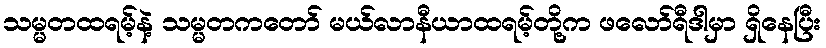
သမ္မတထရမ့်နဲ့ သမ္မတကတော် မယ်လာနီယာထရမ့်တို့က ဖလော်ရီဒါမှာ ရှိနေပြီး